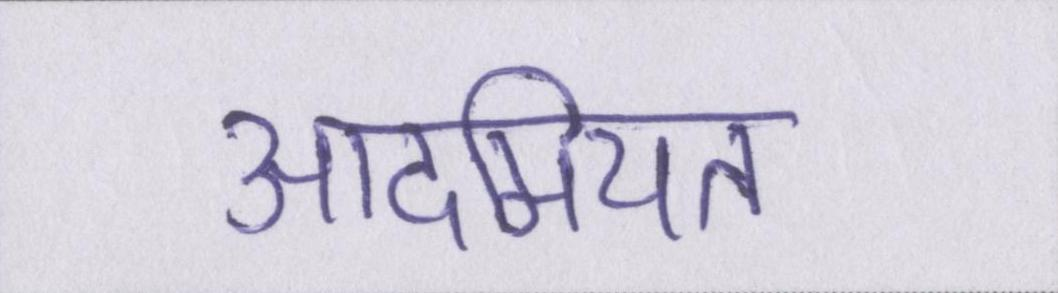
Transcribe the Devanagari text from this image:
आदमियत